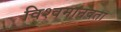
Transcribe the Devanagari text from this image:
विश्वमानवता